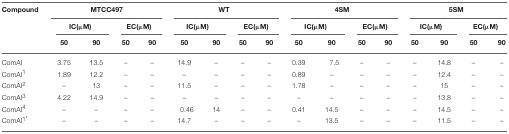
| Compound | <COLSPAN=4> MTCC497 | <COLSPAN=4> WT | <COLSPAN=4> 4SM | <COLSPAN=4> 5SM |
 |  | <COLSPAN=2> IC(μM) | <COLSPAN=2> EC(μM) | <COLSPAN=2> IC(μM) | <COLSPAN=2> EC(μM) | <COLSPAN=2> IC(μM) | <COLSPAN=2> EC(μM) | <COLSPAN=2> IC(μM) | <COLSPAN=2> EC(μM) |
 |  | 50 | 90 | 50 | 90 | 50 | 90 | 50 | 90 | 50 | 90 | 50 | 90 | 50 | 90 | 50 | 90 |
 | --- | --- | --- | --- | --- | --- | --- | --- | --- | --- | --- | --- | --- | --- | --- | --- | --- |
 | ComAI | 3.75 | 13.5 | – | – | 14.9 | – | – | – | 0.39 | 7.5 | – | – | – | 14.8 | – | – |
 | ComAI1 | 1.89 | 12.2 | – | – | – | – | – | – | 0.89 | – | – | – | – | 12.4 | – | – |
 | ComAI2 | – | 13 | – | – | 11.5 | – | – | – | 1.78 | – | – | – | – | 15 | – | – |
 | ComAI3 | 4.22 | 14.9 | – | – | – | – | – | – | – | – | – | – | – | 13.8 | – | – |
 | ComAI4 | – | – | – | – | 0.46 | 14 | – | – | 0.41 | 14.5 | – | – | – | 14.5 | – | – |
 | ComAI1′ | – | – | – | – | 14.7 | – | – | – | – | 13.5 | – | – | – | 11.5 | – | – |